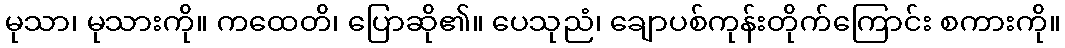
မုသာ၊ မုသားကို။ ကထေတိ၊ ပြောဆို၏။ ပေသုညံ၊ ချောပစ်ကုန်းတိုက်ကြောင်း စကားကို။